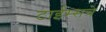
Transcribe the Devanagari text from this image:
टाईम्सचे